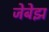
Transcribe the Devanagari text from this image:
जेबेझ